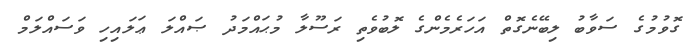
ގޮވުމުގެ ސަވާބު ލިބޭނެގޮތް އަހަރެމެންގެ ލޮބުވެތި ރަސޫލާ މުޙައްމަދު ޞައްލަ ޢަލައިހި ވަސައްލަމް